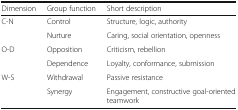
| Dimension | Group function | Short description |
 | --- | --- | --- |
 | C-N | Control | Structure, logic, authority |
 |  | Nurture | Caring, social orientation, openness |
 | O-D | Opposition | Criticism, rebellion |
 |  | Dependence | Loyalty, conformance, submission |
 | W-S | Withdrawal | Passive resistance |
 |  | Synergy | Engagement, constructive goal-oriented teamwork |